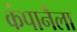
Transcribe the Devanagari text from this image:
कंपानैला